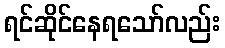
ရင်ဆိုင်နေရသော်လည်း